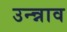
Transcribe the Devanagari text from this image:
उन्न्नाव